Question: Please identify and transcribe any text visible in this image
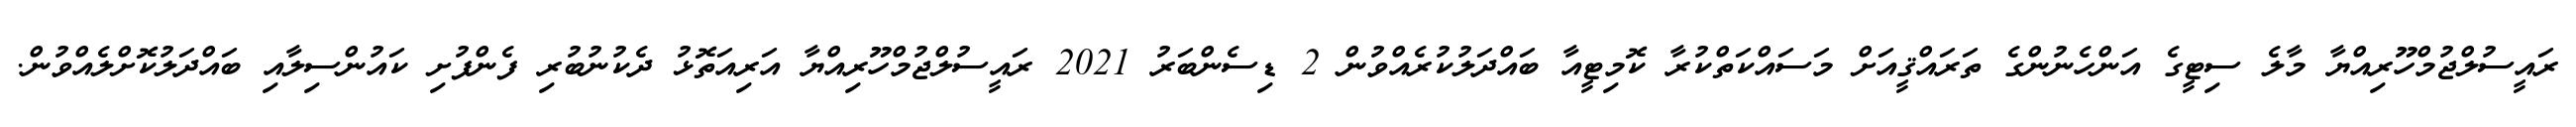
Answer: ރައީސުލްޖުމްހޫރިއްޔާ މާލެ ސިޓީގެ އަންހެނުންގެ ތަރައްޤީއަށް މަސައްކަތްކުރާ ކޮމިޓީއާ ބައްދަލުކުރެއްވުން 2 ޑިސެންބަރު 2021 ރައީސުލްޖުމްހޫރިއްޔާ އަރިއަތޮޅު ދެކުނުބުރި ފެންފުށި ކައުންސިލާއި ބައްދަލުކޮށްލެއްވުން.